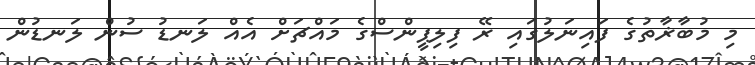
މި މުބާޜާތުގެ ފައިނަލުގައި ރޭ ފިލިޕީންސްގެ މައްޗަށް އެއް ލަނޑު ސުން ލަނޑުން